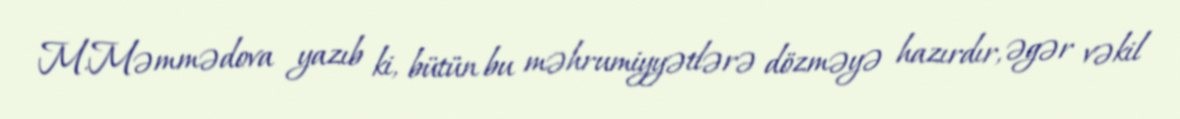
M.Məmmədova yazıb ki, bütün bu məhrumiyyətlərə dözməyə hazırdır, əgər vəkil